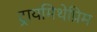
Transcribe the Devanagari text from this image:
ट्रायमिथेप्रिम